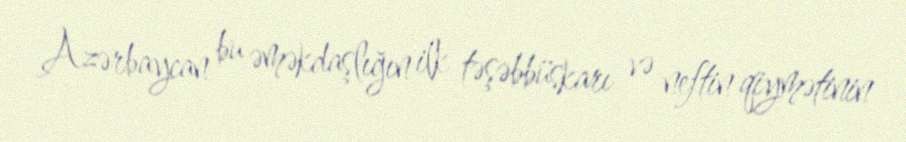
Azərbaycan bu əməkdaşlığın ilk təşəbbüskarı və neftin qiymətinin